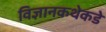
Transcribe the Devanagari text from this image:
विज्ञानकथेकडे